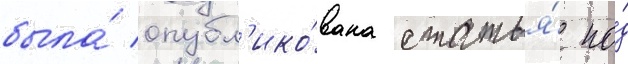
была́ опубл'ико́вана статья́ по́д